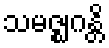
သမဇ္ဈဂန္တိ